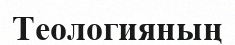
Теологияның